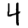
Digit: 4